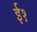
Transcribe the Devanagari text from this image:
ई१